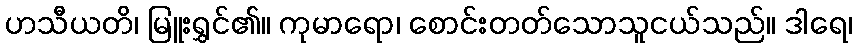
ဟသီယတိ၊ မြူးရွှင်၏။ ကုမာရော၊ စောင်းတတ်သောသူငယ်သည်။ ဒါရေ၊